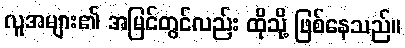
လူအများ၏ အမြင်တွင်လည်း ထိုသို့ ဖြစ်နေသည်။